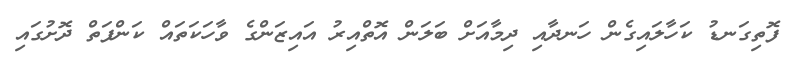
ފޮތިގަނޑު ކަހާލައިގެން ހަނދާއި ދިމާއަށް ބަލަން އޮތްއިރު އައިޒަންގެ ވާހަކަތައް ކަންފަތް ދޮށުގައި